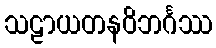
သဠာယတနဝိဘင်္ဂဿ